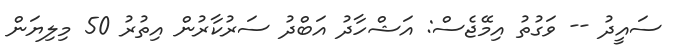
ސައީދު -- ވަގުތު އިމޭޖެސް: އަޝްހާދު އަބްދު ސަރުކާރުން އިތުރު 50 މިލިޔަން